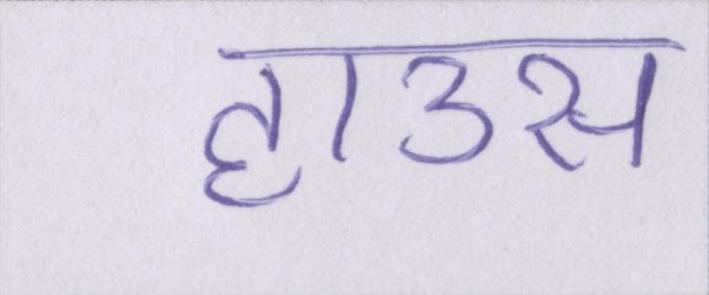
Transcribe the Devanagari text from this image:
हाउस